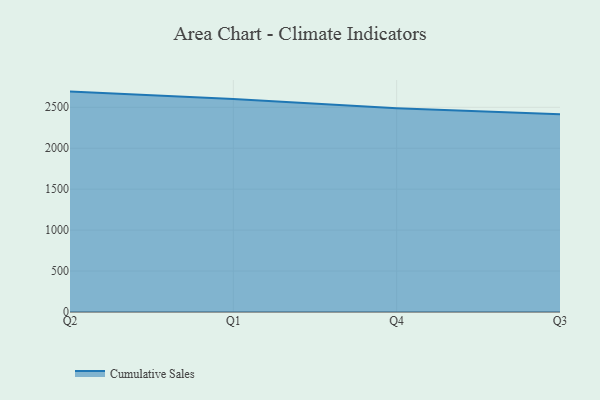
{"axis": {"x": "Quarter", "y": "Temperature (°C)"}, "legend": ["Cumulative Sales"], "data": [{"x": "Q2", "y": 2691.6, "type": "Cumulative Sales"}, {"x": "Q1", "y": 2601.5, "type": "Cumulative Sales"}, {"x": "Q4", "y": 2487.4, "type": "Cumulative Sales"}, {"x": "Q3", "y": 2414.0, "type": "Cumulative Sales"}]}